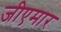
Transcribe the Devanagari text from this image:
जीएमार